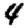
Digit: 4